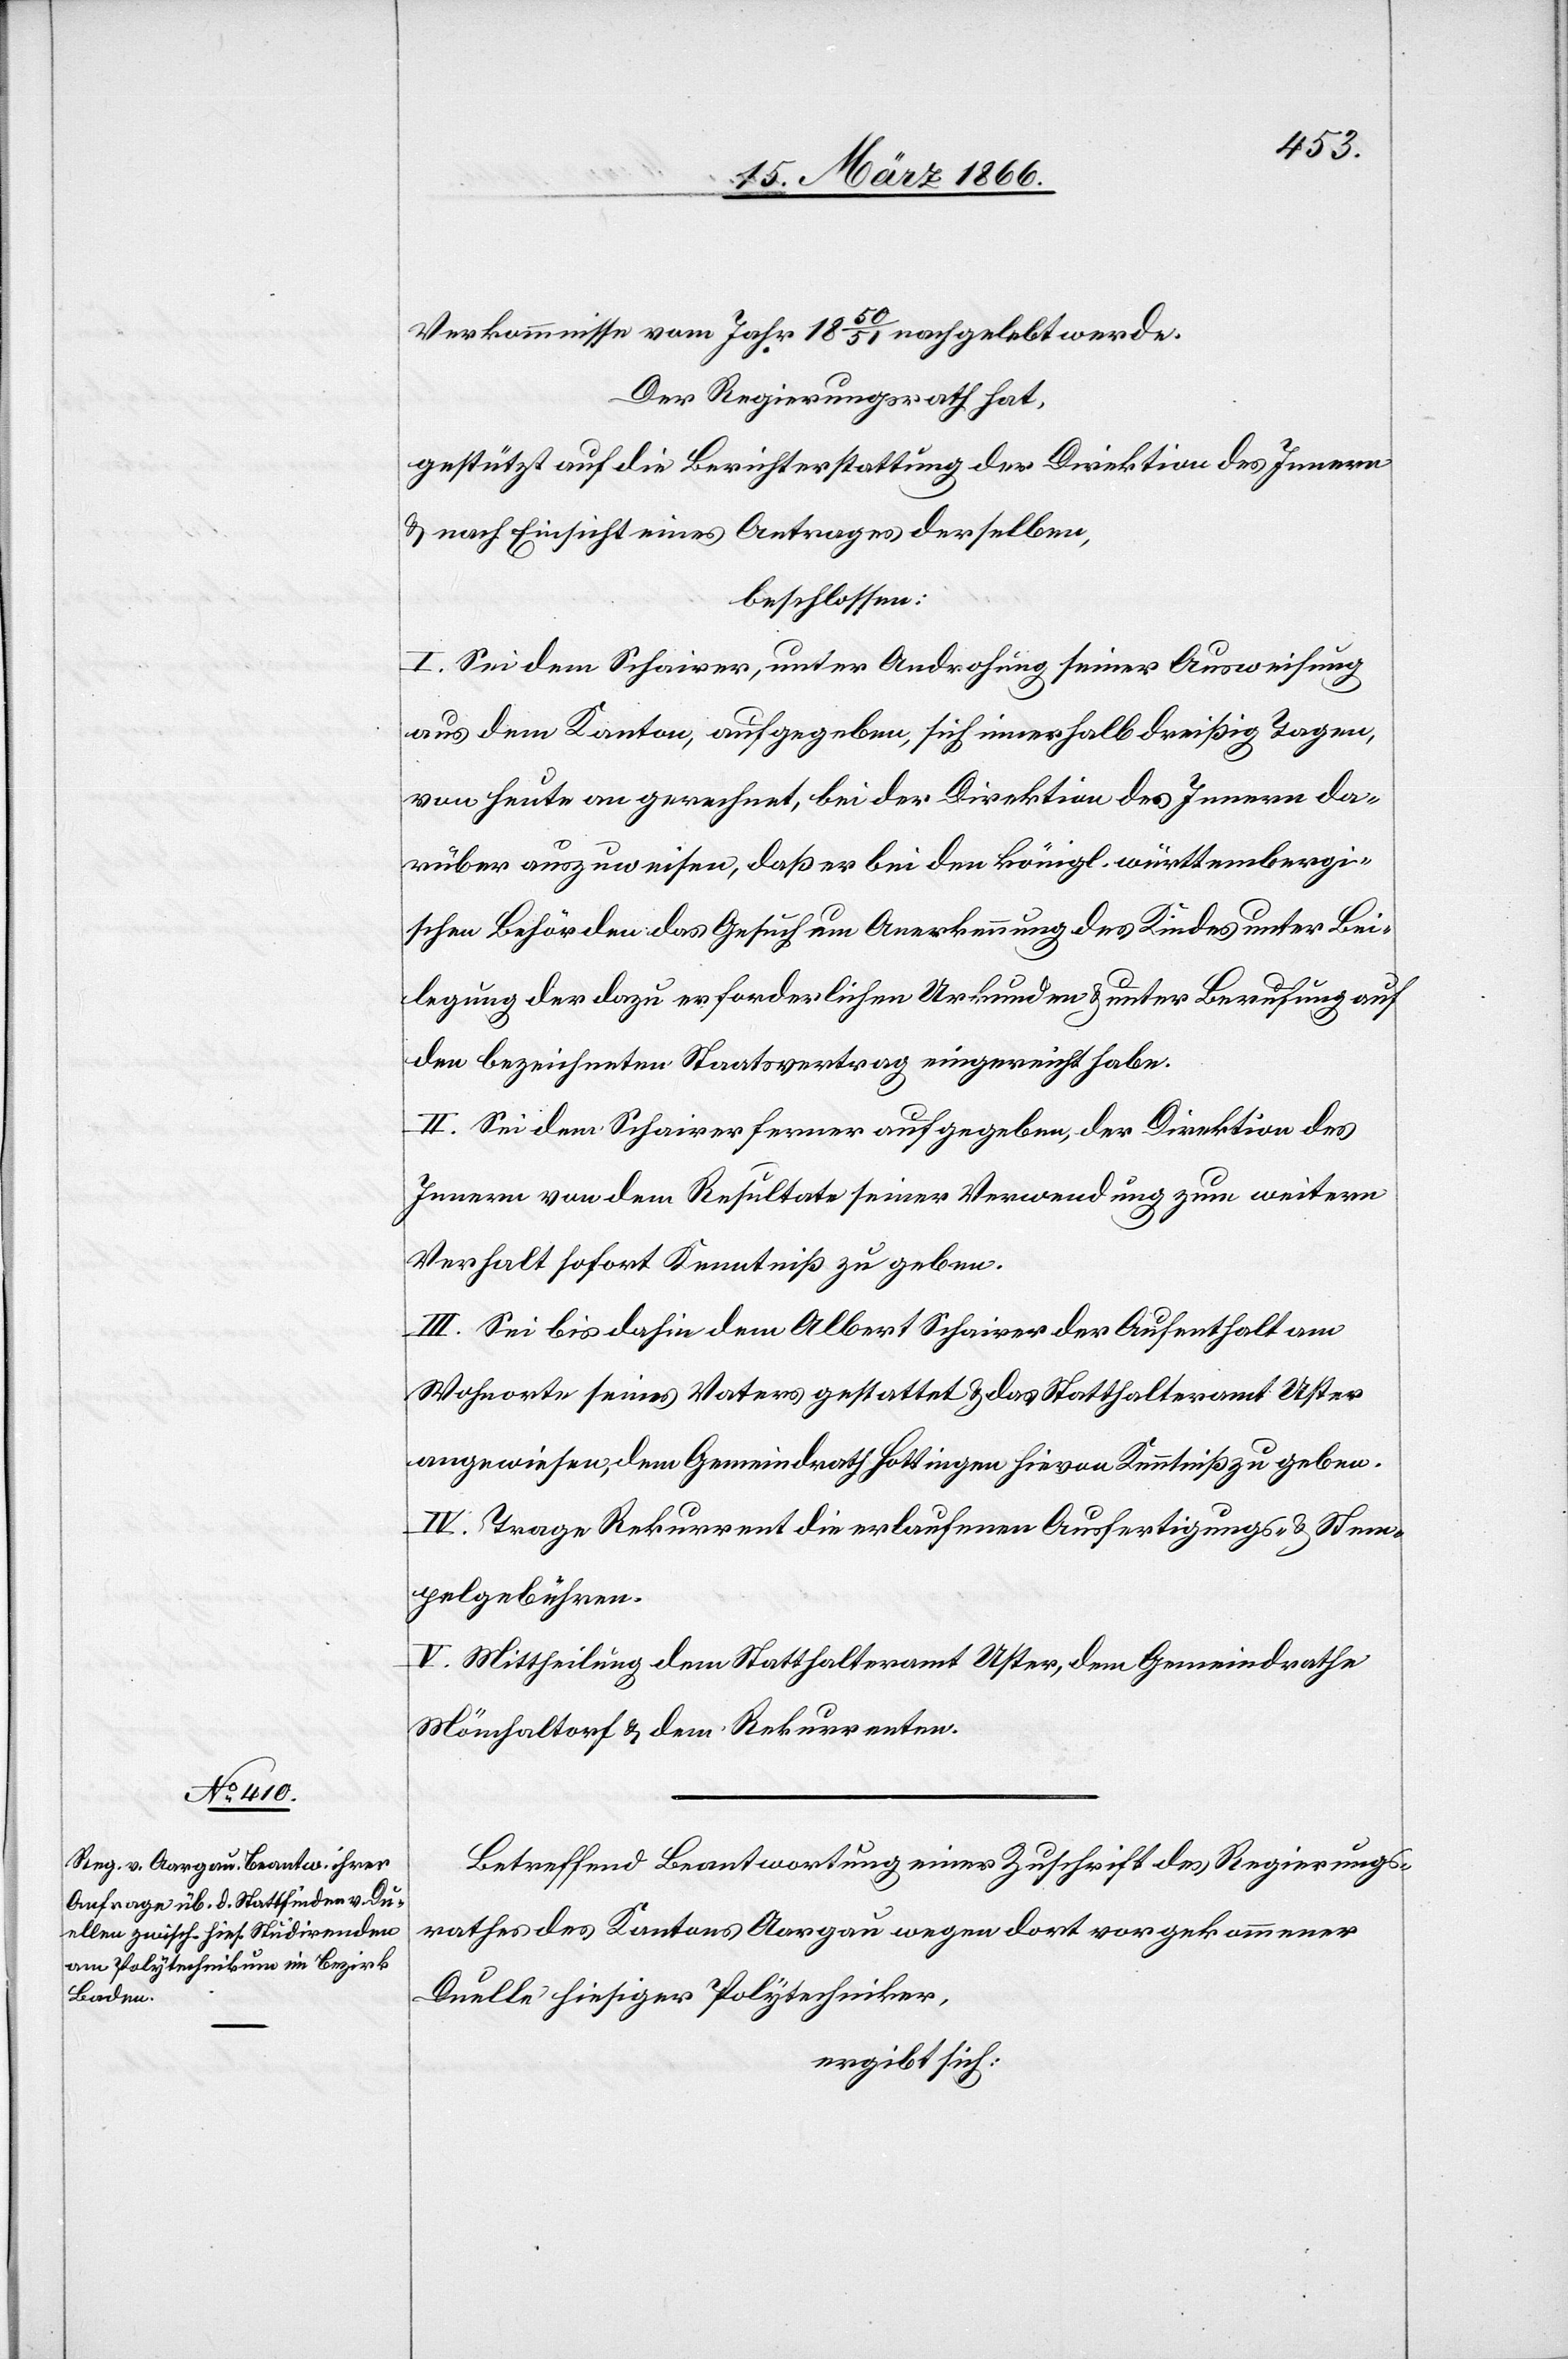
Verkommnisse vom Jahr 1850/51 nachgelebt werde.
Der Regierungsrath hat,
gestützt auf die Berichterstattung der Direktion des Innern
u. nach Einsicht eines Antrages derselben,
beschlossen:
I. Sei dem Schairer, unter Androhung seiner Ausweisung
aus dem Kanton, aufgegeben, sich innerhalb dreißig Tagen
von heut an gerechnet, bei der Direktion des Innern da¬
rüber auszuweisen, daß er bei den königl. württembergi¬
schen Behörden das Gesuch um Anerkennung des Kindes unter Bei¬
legung der dazu erforderlichen Urkunden u. unter Berufung auf
den bezeichneten Staatsvertrag eingereicht habe.
II. Sei dem Schairer ferner aufgegeben, der Direktion des
Innern von dem Resultate seiner Verwendung zum weitern
Verhalt sofort Kenntniß zu geben.
III. Sei bis dahin dem Albert Schairer der Aufenthalt am
Wohnort seines Vaters gestattet u. das Statthalteramt Uster
angewiesen, dem Gemeindrath Hottingen hievon Kenntniß zu geben.
IV. Trage Rekurrent die erlaufenen Ausfertigungs- u. Stem¬
pelgebühren.
V. Mittheilung dem Statthalteramt Uster, dem Gemeindrathe
Mönchaltorf u. dem Rekurrenten.
Betreffend Beantwortung einer Zuschrift des Regierungs¬
rathes des Kantons Aargau wegen dort vorgekommener
Duelle hiesiger Polytechniker,
ergibt sich: